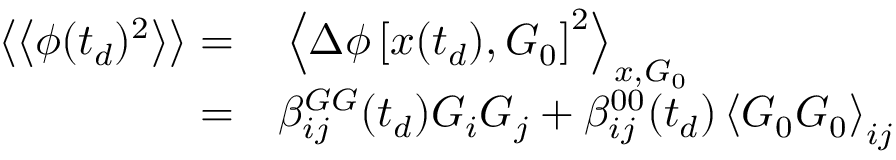
\begin{array} { r l } { \left\langle \left\langle \phi ( t _ { d } ) ^ { 2 } \right\rangle \right\rangle = } & { { } \left\langle \Delta \phi \left[ \boldsymbol { x } ( t _ { d } ) , \boldsymbol { G } _ { 0 } \right] ^ { 2 } \right\rangle _ { x , G _ { 0 } } } \\ { = } & { { } \beta _ { i j } ^ { G G } ( t _ { d } ) G _ { i } G _ { j } + \beta _ { i j } ^ { 0 0 } ( t _ { d } ) \left\langle \boldsymbol { G } _ { 0 } \boldsymbol { G } _ { 0 } \right\rangle _ { i j } } \end{array}